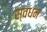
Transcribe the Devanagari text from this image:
स्वधन